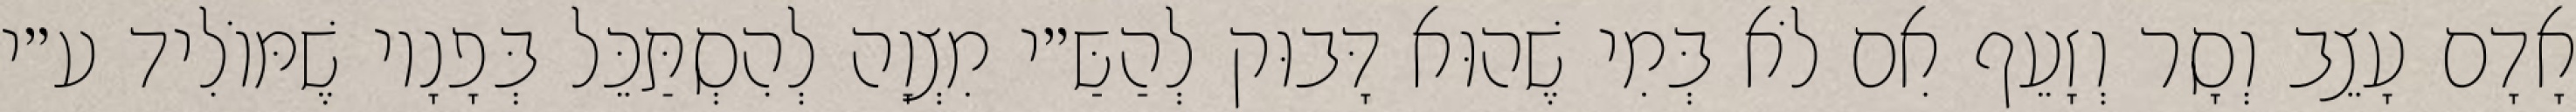
אָדָם עָצֵב וְסָר וְזָעֵף אִם לֹא בְּמִי שֶׁהוּא דָּבוּק לְהַשַּ״י מִצְוָה לְהִסְתַּכֵּל בְּפָנָיו שֶׁמּוֹלִיד ע״י